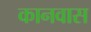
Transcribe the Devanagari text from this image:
कानवास